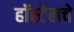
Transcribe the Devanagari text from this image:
हॉस्टेलचे